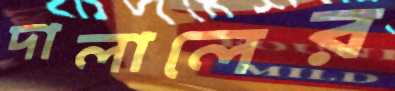
দালালের